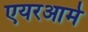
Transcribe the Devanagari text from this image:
एयरआर्म